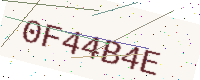
Text: 0F44B4E